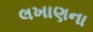
લખાણના